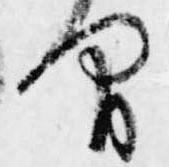
間